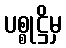
ပစ္စုဋ္ဌိမှ